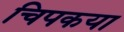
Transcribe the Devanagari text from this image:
चिपकया